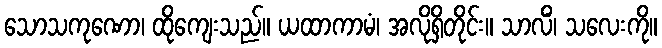
သောသကုဏော၊ ထိုကျေးသည်။ ယထာကာမံ၊ အလိုရှိတိုင်း။ သာလိံ၊ သလေးကို။